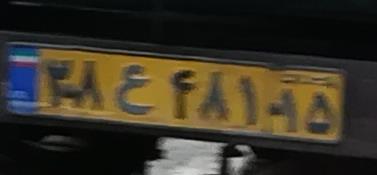
۳۸ع۴۸۱۱۵